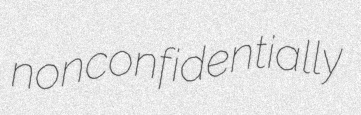
nonconfidentially